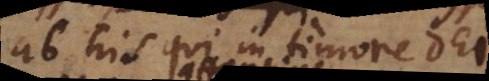
ab his qui in timore Dei